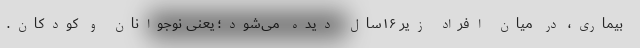
بیماری، در میان افراد زیر ۱۶سال دیده می‌شود؛ یعنی نوجوانان و کودکان.